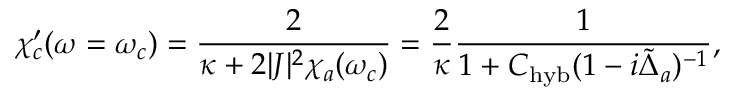
\chi _ { c } ^ { \prime } ( \omega = \omega _ { c } ) = \frac { 2 } { \kappa + 2 | J | ^ { 2 } \chi _ { a } ( \omega _ { c } ) } = \frac { 2 } { \kappa } \frac { 1 } { 1 + C _ { \mathrm { h y b } } ( 1 - i \tilde { \Delta } _ { a } ) ^ { - 1 } } ,